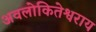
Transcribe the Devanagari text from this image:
अवलोकितेश्वराय